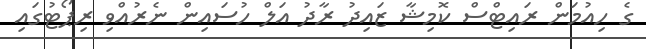
ގެ ހިއުމަން ރައިޓްސް ކޮމިޝާ ޒައިދު ރާދު އަލް ހުސައިން ނެރުއްވި ރިޕޯޓުގައި